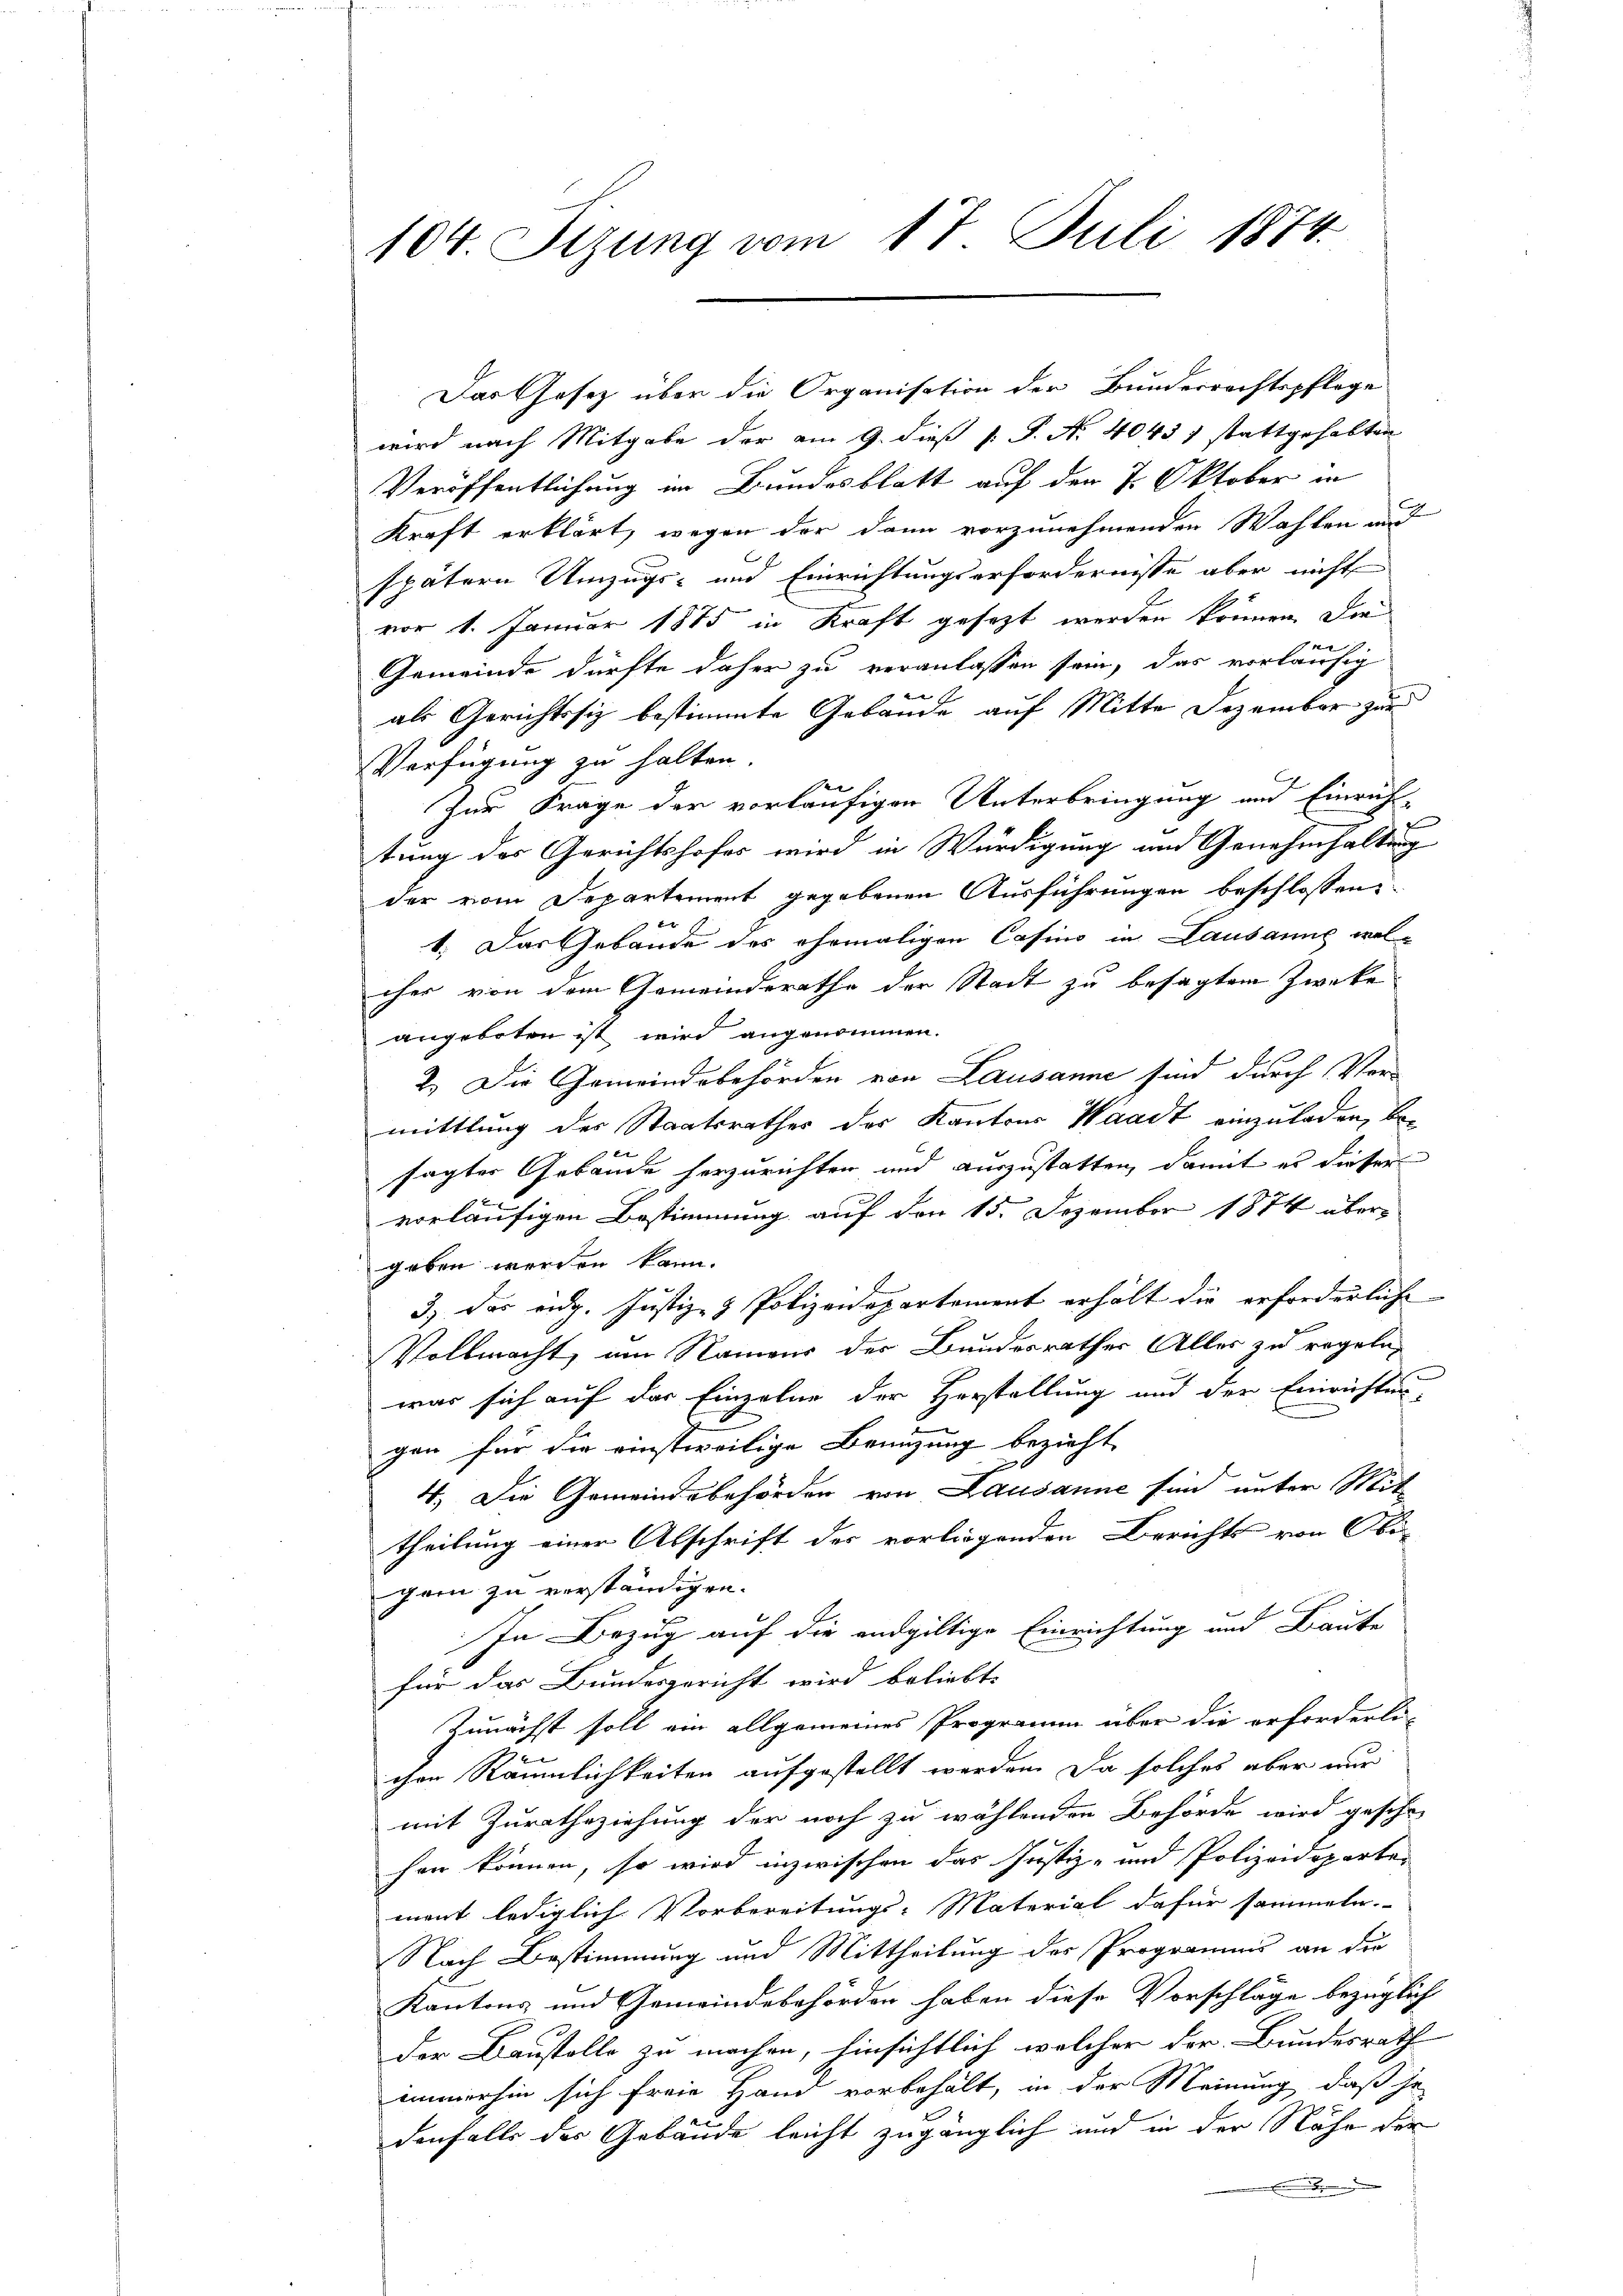
104. Sizung vom 17. Juli 1874.

Das Gesetz über die Organisation der Bunderrechtspflege
wird nach Mitgabe der am 9. dieß P. P. N. 40437 stattgehabten
Veröffentlichung im Bundesblatt auf den 7. Oktober in
Kraft erklärt, wegen der dann vorzunehmenden Wahlen und
spätern Umzugs- und Einrichtungserfordernisse aber nicht
vor 1. Januar 1875 in Kraft gesezt werden können. Die
f
Gemeinde dürfte daher zu veranlassen sein, das vorläufig

als Gerichtssiz bestimmte Gebäude auf Mitte Dezember zur
Verfügung zu halten.
.
2
Zur Frage der vorläufigen Unterbringung und Einrich-
tung des Gerichtshofes wird in Würdigung und Genehmhaltung
der vom Departement gegebenen Ausführungen beschlossen:
x
1.) Das Gebäude des ehemaligen Casino in Lausanne wel-
cher von dem Gemeinderathe der Stadt zu besagten Zwecke
angeboten ist wird angenommen.
2.) Die Gemeindsbehörden von Lausanne sind durch Vermittlung der Staatsrathes der Kantons Waadt einzuladen, be-
sagter Gebäude herzurichten und auszustatten, damit es dieser
 x
vorläufigen Bestimmung auf den 15. Dezember 1874 übergeben werden kann.
3) das eidg. Justiz- & Polizeidepartement erhält die erforderliche
Vollmacht, am Namens der Bundesrathes Alles zu regeln,
was sich auf das Einzelne der Herstellung und der Einrichten-
gen für die einstweilige Benuzung bezieht,
f
4. Die Gemeindebehörden von Lausanne sind unter Mit
theilung einer Abschrift des vorliegenden Berichts von Obi-
gen zu verständigen.
In Bezug auf die endgültige Einrichtung und Baute
für das Bundesgericht wird beliebt:
Zunächst soll ein allgemeines Programm über die erforderli-
chen Räumlichkeiten aufgestellt werden. Da solches aber nur
mit Zurathsziehung der noch zu wählenden Behörde wird gesche
hen können, so wird inzwischen das Justiz- und Polizeideparte
ment lediglich Vorbereitungs-Material dafür sammeln.
Nach Bestimmung und Mittheilung des Programm an die
Kantons und Gemeindebehörden haben diese Vorschläge bezüglich
Der Baustolle zu machen, hinsichtlich welcher der Bundesrath
immerhin sich freie Hand vorbehält, in der Meinung, daß je
denfalls des Gebäude leicht zugänglich und in der Nähe der